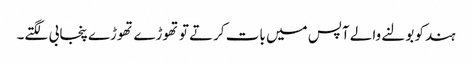
ہندکو بولنے والے آپس میں بات کرتے تو تھوڑے تھوڑے پنجابی لگتے۔